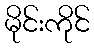
မိုင်းကိုင်